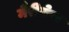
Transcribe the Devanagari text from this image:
मैरीलेण्ड